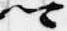
卿